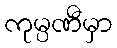
ကုမ္ပဏီမှာ